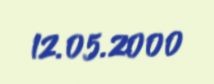
12.05.2000